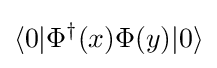
\langle 0|\Phi ^{\dagger }(x)\Phi (y)|0\rangle